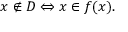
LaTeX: x \notin D \Leftrightarrow x \in f ( x ) .